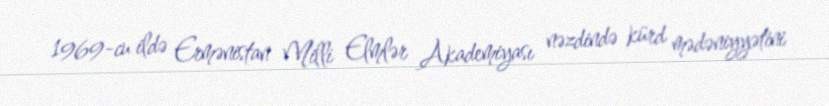
1969-cu ildə Ermənistan Milli Elmlər Akademiyası nəzdində kürd mədəniyyətini